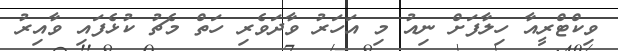
ވިކްޓްރީއާ ހިލާފަށް ނިއު މި އަހަރު ވާދަވެރި ހަތް މެޗު ކުޅެފައި ވާއިރު